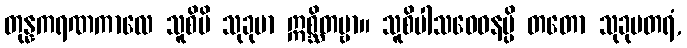
တုန္နကရဏကာလေ သူစိပိ သုခုမာ ဣစ္ဆိတဗ္ဗာ။ သူစိပါသဝေဓနမ္ပိ တတော သုခုမတရံ,